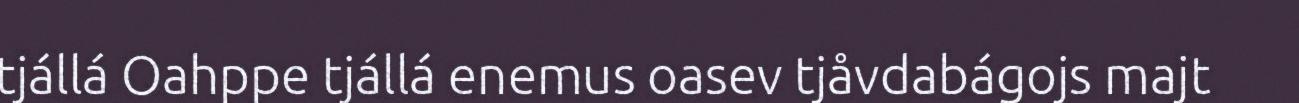
tjállá Oahppe tjállá enemus oasev tjåvdabágojs majt